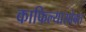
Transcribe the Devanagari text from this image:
काफिल्यासोबत